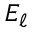
E _ { \ell }